DOW-UAP-D48, Department of the Air Force Report, 1996
Agency: Department of War
Incident date: 9/10/96
Page 107
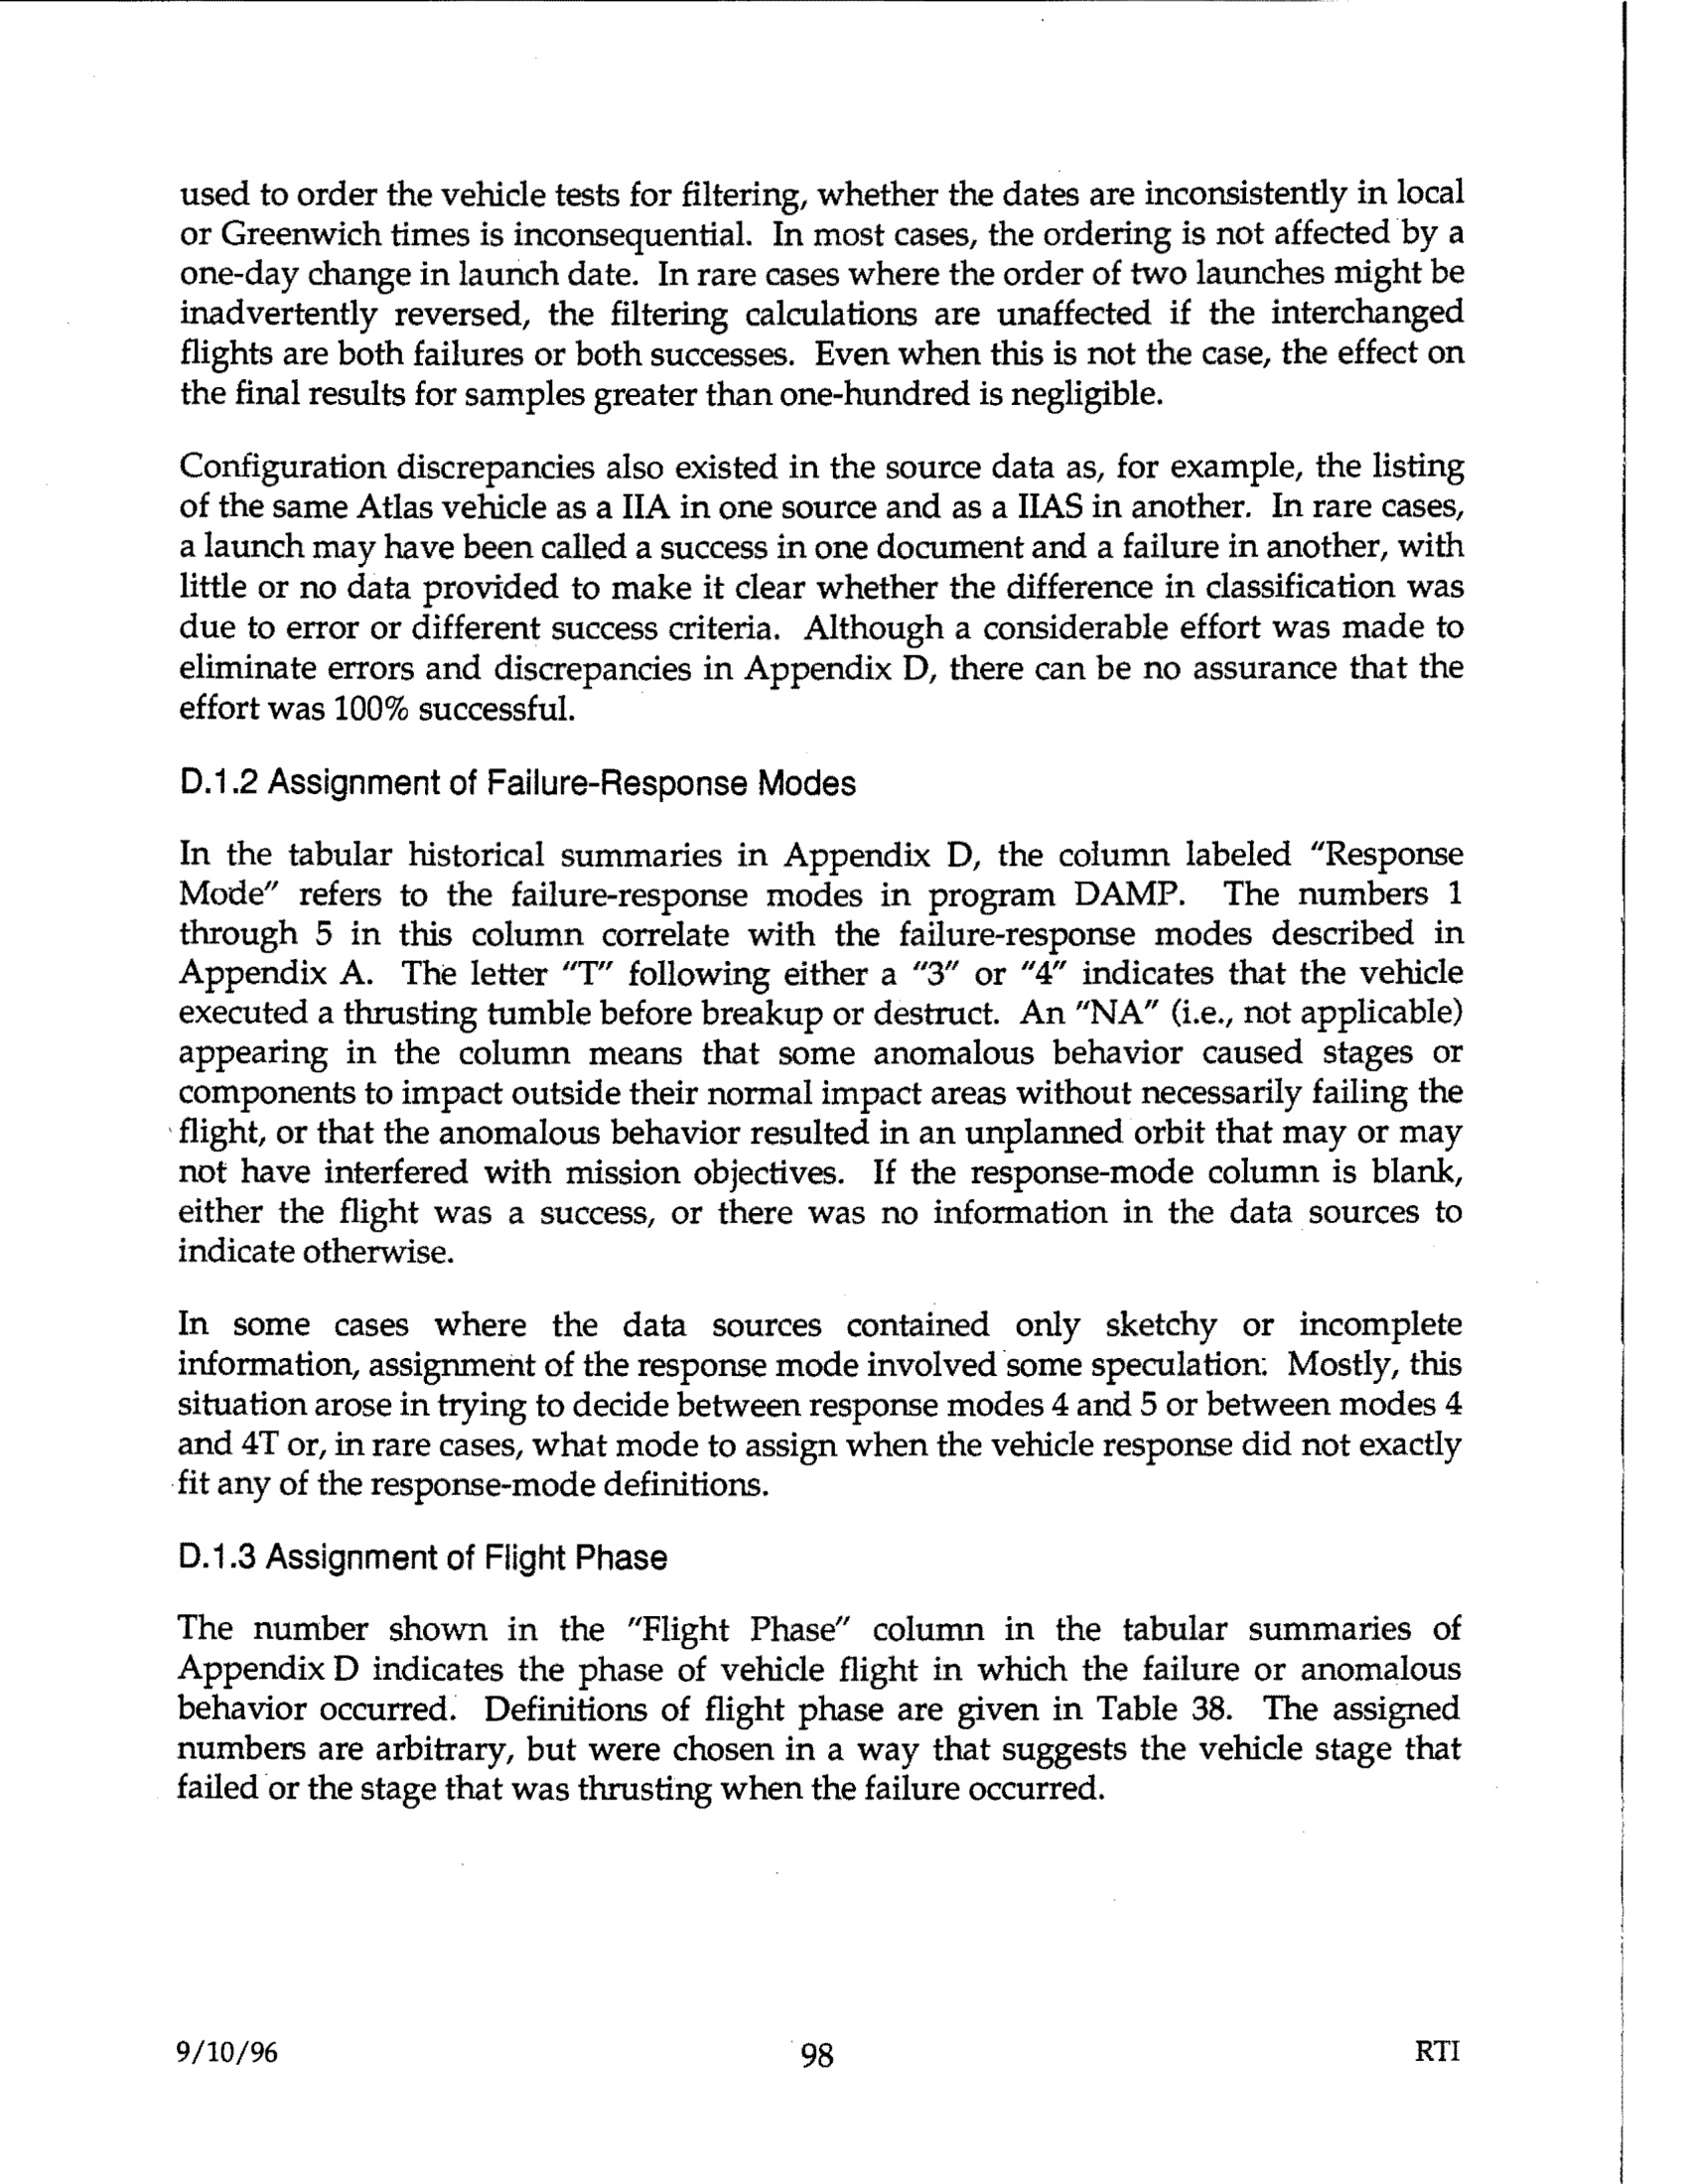